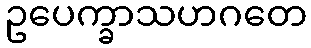
ဥပေက္ခာသဟဂတေ